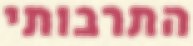
התרבותי